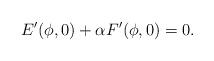
LaTeX: \begin{align*}E'(\phi,0)+\alpha F'(\phi,0)=0.\end{align*}